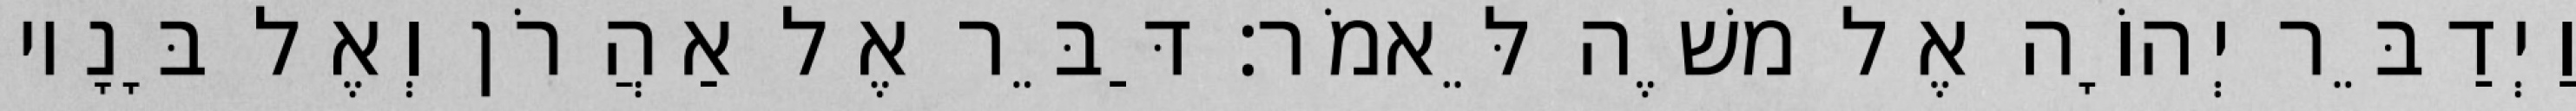
וַיְדַבֵּר יְהוָֹה אֶל משֶׁה לֵּאמֹר׃ דַּבֵּר אֶל אַהֲרֹן וְאֶל בָּנָיו